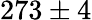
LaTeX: {273\pm 4}